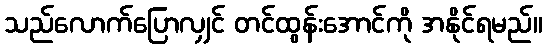
သည်လောက်ပြောလျှင် တင်ထွန်းအောင်ကို အနိုင်ရမည်။